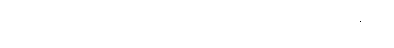
ဥရုဝေလပါဋိဟာရိယကထာ၊ ပါ-၃၁၊ ဋ္ဌ-၂၅၂။